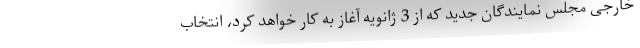
خارجی مجلس نمایندگان جدید که از 3 ژانویه آغاز به کار خواهد کرد، انتخاب